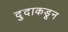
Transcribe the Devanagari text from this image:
दुदाकडून